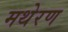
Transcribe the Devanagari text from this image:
मथेरण